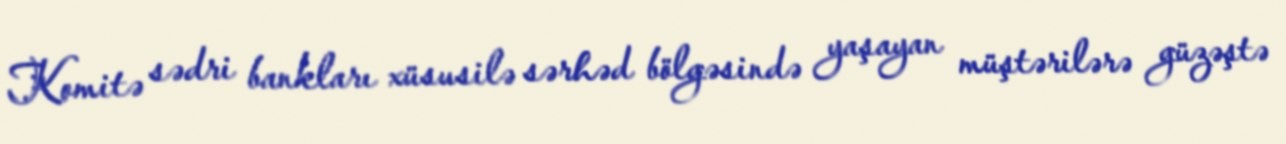
Komitə sədri bankları xüsusilə sərhəd bölgəsində yaşayan müştərilərə güzəştə